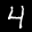
Label: 4